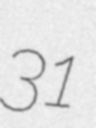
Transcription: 31